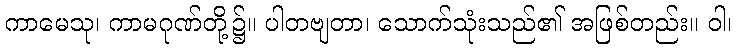
ကာမေသု၊ ကာမဂုဏ်တို့၌။ ပါတဗျတာ၊ သောက်သုံးသည်၏ အဖြစ်တည်း။ ဝါ၊